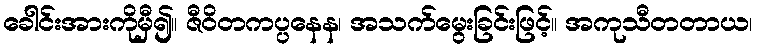
ခေါင်းအားကိုမှီ၍။ ဇီဝိတကပ္ပနေန၊ အသက်မွေးခြင်းဖြင့်။ အကုသီတတာယ၊